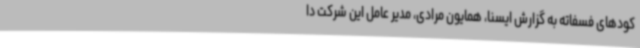
کودهای فسفاته به گزارش ایسنا، همایون مرادی، مدیر عامل این شرکت دا